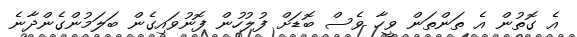
އެ ގޮތުން އެ ތަންތަން ވީހާ ވެސް ބޮޑަށް ފުލުހުން ފޮނުވައިގެން ބަލަމުންގެންދާނެ